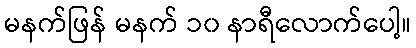
မနက်ဖြန် မနက် ၁၀ နာရီလောက်ပေါ့။